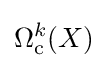
\Omega _{\mathrm {c} }^{k}(X)